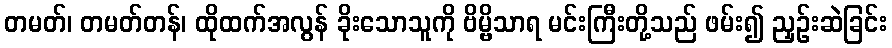
တမတ်၊ တမတ်တန်၊ ထိုထက်အလွန် ခိုးသောသူကို ဗိမ္ဗိသာရ မင်းကြီးတို့သည် ဖမ်း၍ ညှဉ်းဆဲခြင်း